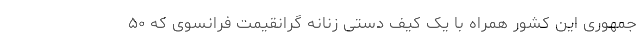
جمهوری این کشور همراه با یک کیف دستی زنانه گرانقیمت فرانسوی که ۵۰